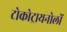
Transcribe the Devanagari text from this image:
टोकोट्रायनोलों